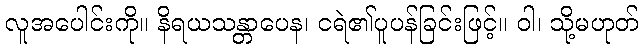
လူအပေါင်းကို။ နိရယသန္တာပေန၊ ငရဲ၏ပူပန်ခြင်းဖြင့်။ ဝါ၊ သို့မဟုတ်